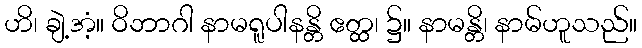
ဟိ၊ ချဲ့အံ့။ ဝိဘာဂါ နာမရူပါနန္တိ ဧတ္ထ၊ ၌။ နာမန္တိ၊ နာမ်ဟူသည်။